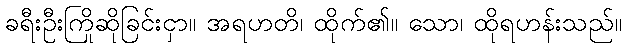
ခရီးဦးကြိုဆိုခြင်းငှာ။ အရဟတိ၊ ထိုက်၏။ သော၊ ထိုရဟန်းသည်။